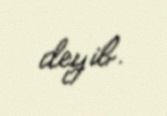
deyib.